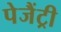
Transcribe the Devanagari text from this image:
पेजैंट्री